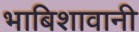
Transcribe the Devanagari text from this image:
भाबिशावानी